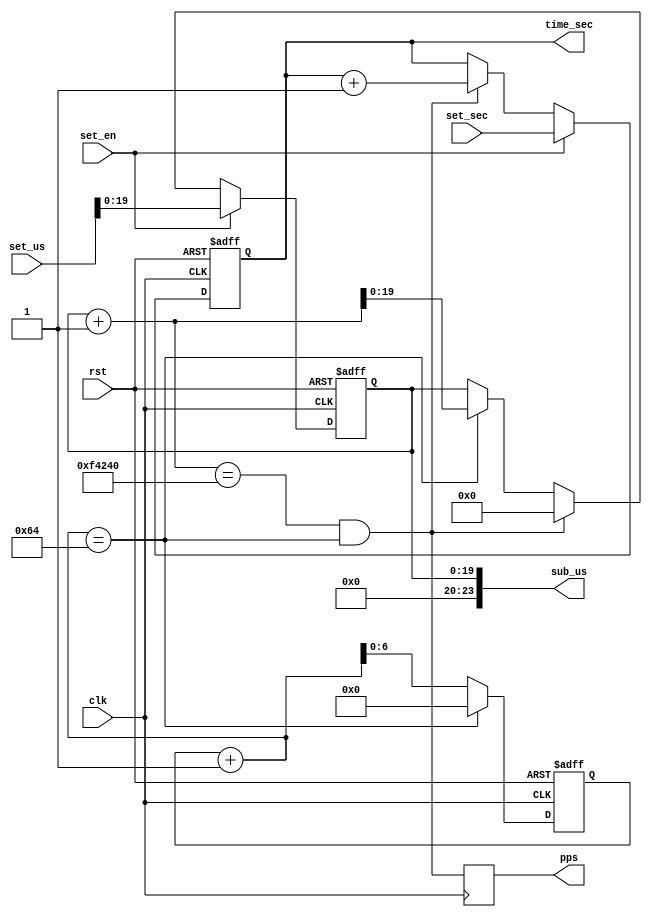
module real_clock(
    input rst,
    input clk,
    input [31:0] set_sec,
    input [23:0] set_us,
    input set_en,
    output [31:0] time_sec,
    output [23:0] sub_us,
    output reg pps
);
parameter CLOCK_PERIOD_NS = 10;

function integer clogb2 (input integer size);
begin
	size = size - 1;
	for (clogb2=1; size>1; clogb2=clogb2+1)
		size = size >> 1;
end
endfunction
localparam US_CYCLES = 1_000/CLOCK_PERIOD_NS;
localparam SUB_CNT_BITS = clogb2(US_CYCLES);
localparam US_CNT_BITS = clogb2(1_000_000);

wire us_tick;
wire sec_tick;
reg [SUB_CNT_BITS-1:0] sub_cnt;
reg [US_CNT_BITS-1:0] us_cnt;
reg [31:0] sec_cnt;

assign us_tick = (sub_cnt+1==US_CYCLES);
assign sec_tick = (us_cnt+1==1_000_000) && us_tick;
assign time_sec = sec_cnt;
assign sub_us = us_cnt;

always @(posedge clk, posedge rst)
begin
    if(rst)
        sub_cnt <= 0;
    else if(us_tick)
        sub_cnt <= 0;
    else
        sub_cnt <= sub_cnt+1;
end

always @(posedge clk, posedge rst)
begin
    if(rst)
        us_cnt <= 0;
    else if(set_en)
        us_cnt <= set_us;
    else if(sec_tick)
        us_cnt <= 0;
    else if(us_tick)
        us_cnt <= us_cnt+1;
end

always @(posedge clk, posedge rst)
begin
    if(rst)
        sec_cnt <= 0;
    else if(set_en)
        sec_cnt <= set_sec;
    else if(sec_tick)
        sec_cnt <= sec_cnt+1;
end

always @(posedge clk)
begin
    pps <= sec_tick;
end

endmodule